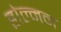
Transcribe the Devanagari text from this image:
होल्मन